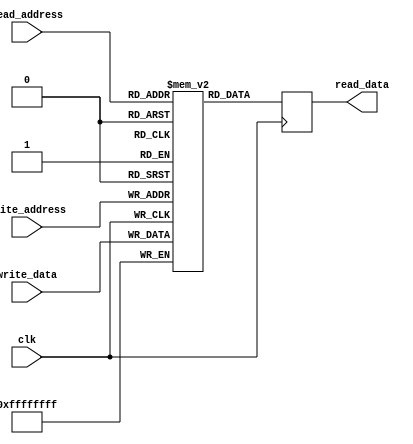
module register_file(
    input wire clk,
    input wire [7:0] read_address,
    output reg [31:0] read_data,
    input wire [7:0] write_address,
    input wire [31:0] write_data
);

reg [31:0] registers [0:255];

always @(posedge clk) begin
    read_data <= registers[read_address];
    registers[write_address] <= write_data;
end

endmodule